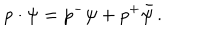
LaTeX: p \cdot \psi = p ^ { - } \psi + p ^ { + } \bar { \psi } \, .